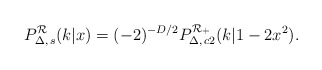
\begin{align*}P_{\Delta,\, s}^{\cal R}(k|x)=(-2)^{-D/2} P_{\Delta,\, c2}^{\cal R_+}(k|1-2x^2). \end{align*}